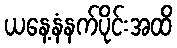
ယနေ့နံနက်ပိုင်းအထိ